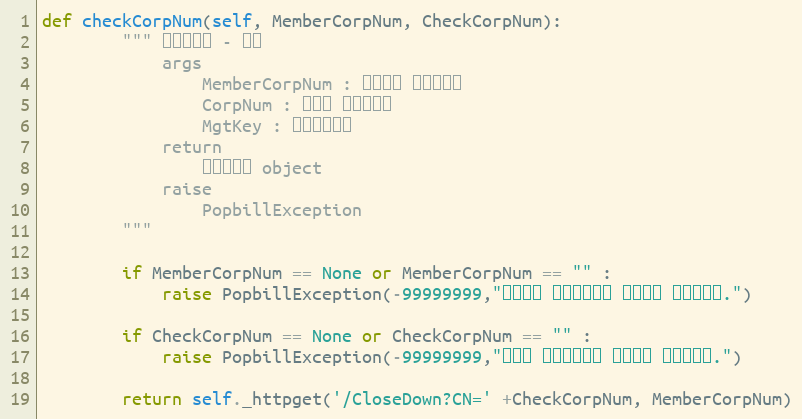
Language: Python
def checkCorpNum(self, MemberCorpNum, CheckCorpNum):
        """ 휴폐업조회 - 단건
            args
                MemberCorpNum : 팝빌회원 사업자번호
                CorpNum : 조회할 사업자번호
                MgtKey : 문서관리번호
            return
                휴폐업정보 object
            raise
                PopbillException
        """

        if MemberCorpNum == None or MemberCorpNum == "" :
            raise PopbillException(-99999999,"팝빌회원 사업자번호가 입력되지 않았습니다.")

        if CheckCorpNum == None or CheckCorpNum == "" :
            raise PopbillException(-99999999,"조회할 사업자번호가 입력되지 않았습니다.")

        return self._httpget('/CloseDown?CN=' +CheckCorpNum, MemberCorpNum)